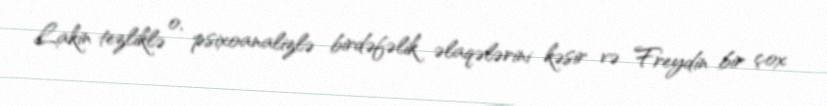
Lakin tezliklə o, psixoanalizlə birdəfəlik əlaqələrini kəsir və Freydin bir çox